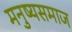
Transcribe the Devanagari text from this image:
मनुष्यसमाज